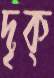
দৃক্‌